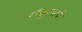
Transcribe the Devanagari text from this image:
मॉड्युल्सचे